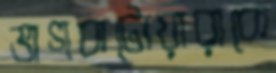
ভাগবাটোয়ারাকে